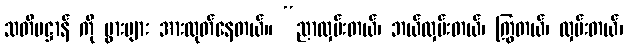
သတိပဋ္ဌာန် ကို ပွားများ အားထုတ်နေတယ်။ “ညာလှမ်းတယ်၊ ဘယ်လှမ်းတယ်၊ ကြွတယ်၊ လှမ်းတယ်၊